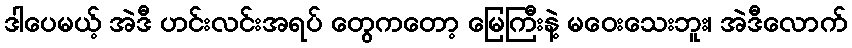
ဒါပေမယ့် အဲဒီ ဟင်းလင်းအရပ် တွေကတော့ မြေကြီးနဲ့ မဝေးသေးဘူး၊ အဲဒီလောက်